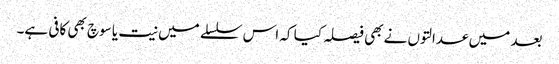
بعد میں عدالتوں نے بھی فیصلہ کیا کہ اس سلسلے میں نیت یا سوچ بھی کافی ہے۔